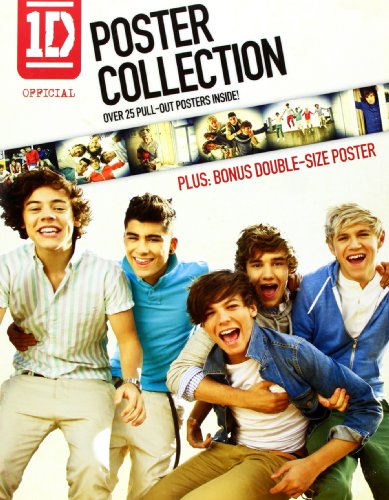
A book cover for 1D Official Poster Collection: Over 25 Pull-out Posters, Plus: Bonus Double-size Poster Version 1; Inc. Browntrout Publishing; Arts & Photography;